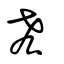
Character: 𠫤